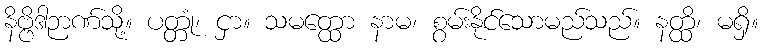
နိဗ္ဗိဒါဉာဏ်သို့။ ပတ္တုံ၊ ငှာ။ သမတ္ထော နာမ၊ စွမ်းနိုင်သောမည်သည်။ နတ္ထိ၊ မရှိ။